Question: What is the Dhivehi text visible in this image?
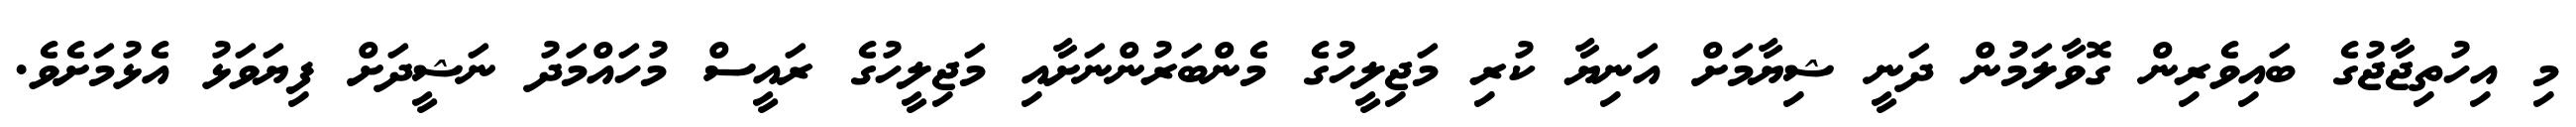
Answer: މި އިހުތިޖާޖުގެ ބައިވެރިން ގޮވާލަމުން ދަނީ ޝިޔާމަށް އަނިޔާ ކުރި މަޖިލީހުގެ މެންބަރުންނަށާއި މަޖިލީހުގެ ރައީސް މުހައްމަދު ނަޝީދަށް ފިޔަވަޅު އެޅުމަށެވެ.